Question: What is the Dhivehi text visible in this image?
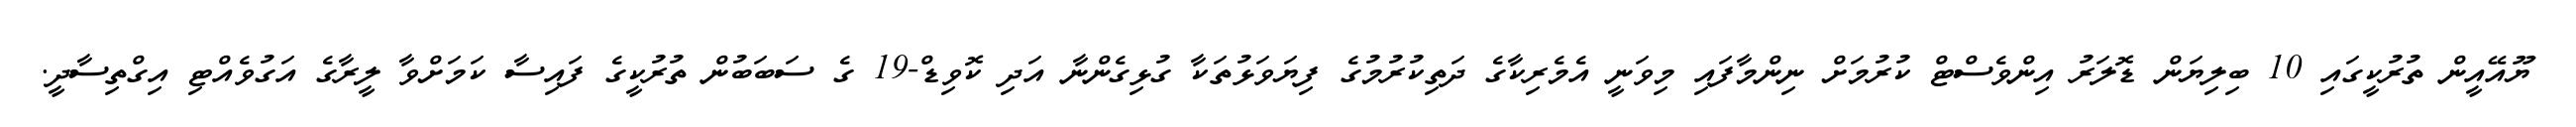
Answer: ޔޫއޭއީން ތުރުކީގައި 10 ބިލިޔަން ޑޮލަރު އިންވެސްޓް ކުރުމަށް ނިންމާފައި މިވަނީ އެމެރިކާގެ ދަތިކުރުމުގެ ފިޔަވަޅުތަކާ ގުޅިގެންނާ އަދި ކޮވިޑް-19 ގެ ސަބަބުން ތުރުކީގެ ފައިސާ ކަމަށްވާ ލީރާގެ އަގުވެއްޓި އިގްތިސާދީ.